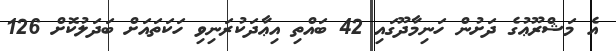
އެ މަޝްރޫޢުގެ ދަށުން ހަނިމާދޫގައި 42 ބައްތި އިޢާދަކުރަނިވި ހަކަތައަށް ބަދަލުކޮށް 126